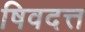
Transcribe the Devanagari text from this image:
षिवदत्त